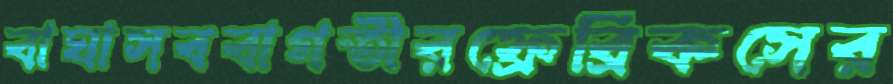
বাঘাসববাগতীরফ্রেব্রিকসের